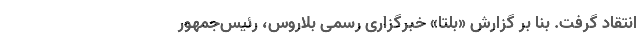
انتقاد گرفت. بنا بر گزارش «بلتا» خبرگزاری رسمی بلاروس، رئیس‌جمهور